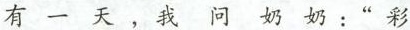
有一天，我问奶奶：”彩